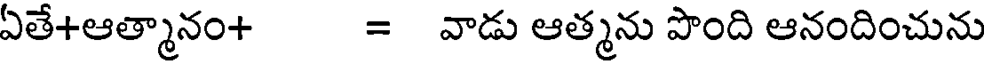
ఏతే+ఆత్మానం+ = వాడు ఆత్మను పొంది ఆనందించును